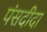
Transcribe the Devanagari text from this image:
पंसदीदा